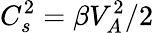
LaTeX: C_{s}^{2}=\beta V_{A}^{2}/2